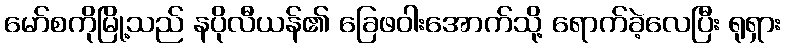
မော်စကိုမြို့သည် နပိုလီယန်၏ ခြေဖဝါးအောက်သို့ ရောက်ခဲ့လေပြီး ရုရှား